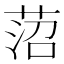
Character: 菬